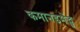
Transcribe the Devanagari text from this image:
कमानडमेंट्स